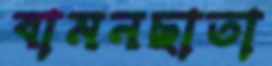
বামনছাতা